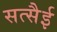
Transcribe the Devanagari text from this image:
सत्सैई